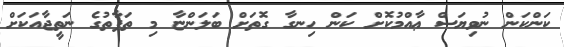
ކަންކަން ނުވިޔަސް ޢާއްމުކޮށް ކަން ހިނގާ ގޮތަށް ބަލަންޏާ މި ތަފާތުގެ ނަތީޖާއަކަށް